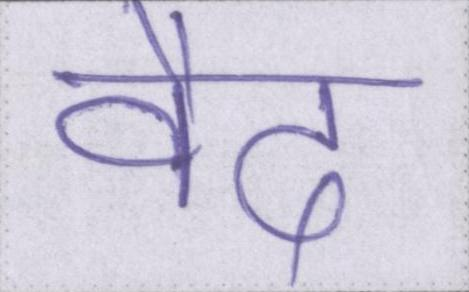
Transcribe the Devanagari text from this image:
वैद